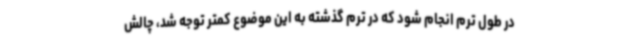
در طول ترم انجام شود که در ترم گذشته به این موضوع کمتر توجه شد، چالش